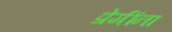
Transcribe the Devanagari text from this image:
प्रेमींना